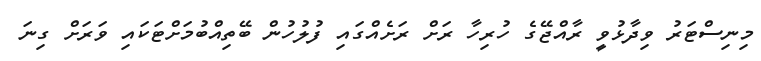
މިނިސްޓަރު ވިދާޅުވީ ރާއްޖޭގެ ހުރިހާ ރަށް ރަށެއްގައި ފުލުހުން ބޭތިއްބުމަށްޓަކައި ވަރަށް ގިނަ